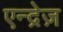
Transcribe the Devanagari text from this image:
एन्द्रेज़